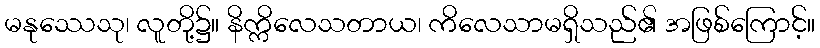
မနုဿေသု၊ လူတို့၌။ နိက္ကိလေသတာယ၊ ကိလေသာမရှိသည်၏ အဖြစ်ကြောင့်။